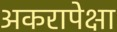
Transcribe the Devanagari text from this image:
अकरापेक्षा